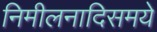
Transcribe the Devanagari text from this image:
निमीलनादिसमये